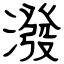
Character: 潑